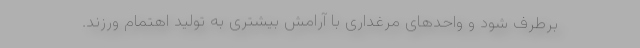
برطرف شود و واحدهای مرغداری با آرامش بیشتری به تولید اهتمام ورزند.